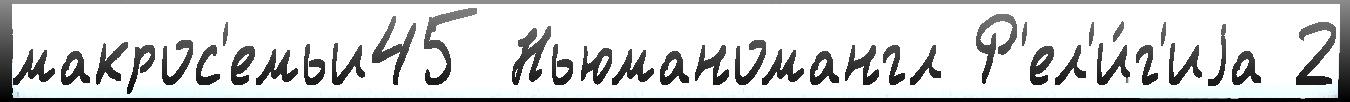
макрос'емьи45 Ньюманомангл Р'ел'и́г'иjа 2